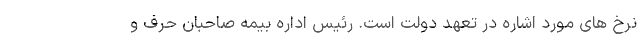
نرخ های مورد اشاره در تعهد دولت است. رئیس اداره بیمه صاحبان حرف و